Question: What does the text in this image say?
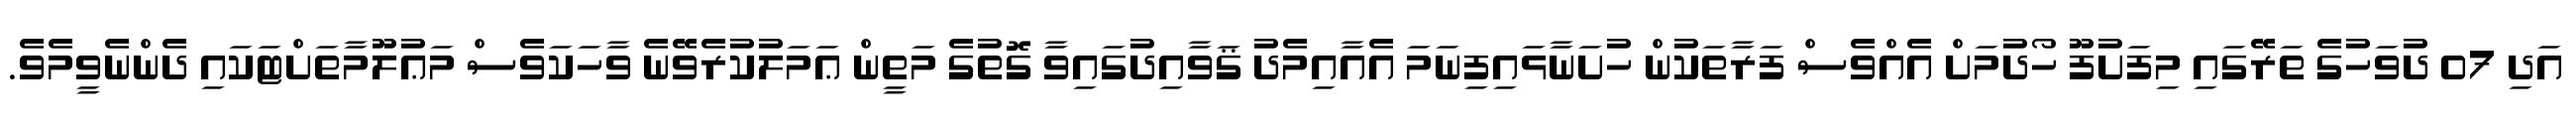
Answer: އަދި 07 ދުވަހުގެ ތަރޭގައި މިފަށުފޫ ހޯދުމަށް އެއްވެސް ފަރާތަކުން ހުށަނާޅައިފިނަމަ އެއާއިމެދު ޤަވާއިދުގައިވާ ގޮތުގެ މަތީން ޢަމަލުކުރެވޭނެ ވާހަކަވެސް މަޢުލޫމާތަށްޓަކައި ދެންނެވީމެވެ.